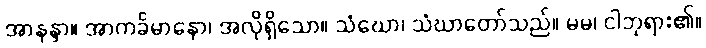
အာနန္ဒာ။ အာကင်္ခမာနော၊ အလိုရှိသော။ သံဃော၊ သံဃာတော်သည်။ မမ၊ ငါဘုရား၏။